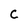
Character: C